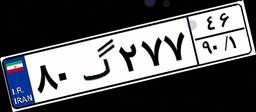
۴۷گ۹۷۲۵۹